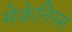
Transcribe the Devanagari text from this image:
मेकेनिस्म